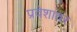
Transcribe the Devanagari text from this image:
प्रवेशावर